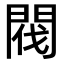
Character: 閥